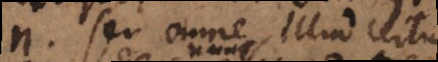
n seu omne illud certum